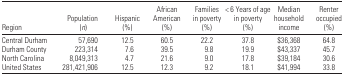
<table><thead><tr><td><b>Region</b></td><td><b>Population (<i>n</i>)</b></td><td><b>Hispanic (%)</b></td><td><b>African American (%)</b></td><td><b>Families in poverty (%)</b></td><td><b>&lt; 6 Years of age in poverty (%)</b></td><td><b>Median household income</b></td><td><b>Renter occupied (%)</b></td></tr></thead><tbody><tr><td>Central Durham</td><td>57,690</td><td>12.5</td><td>60.5</td><td>22.2</td><td>37.8</td><td>$36,368</td><td>64.8</td></tr><tr><td>Durham County</td><td>223,314</td><td>7.6</td><td>39.5</td><td>9.8</td><td>19.9</td><td>$43,337</td><td>45.7</td></tr><tr><td>North Carolina</td><td>8,049,313</td><td>4.7</td><td>21.6</td><td>9.0</td><td>17.8</td><td>$39,184</td><td>30.6</td></tr><tr><td>United States</td><td>281,421,906</td><td>12.5</td><td>12.3</td><td>9.2</td><td>18.1</td><td>$41,994</td><td>33.8</td></tr></tbody></table>